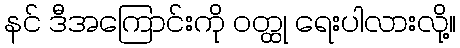
နင် ဒီအကြောင်းကို ဝတ္ထု ရေးပါလားလို့။